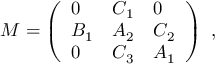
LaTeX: { \cal M } = \left( \begin{array} { l l l } { { 0 } } & { { C _ { 1 } } } & { { 0 } } \\ { { B _ { 1 } } } & { { A _ { 2 } } } & { { C _ { 2 } } } \\ { { 0 } } & { { C _ { 3 } } } & { { A _ { 1 } } } \end{array} \right) ~ ,